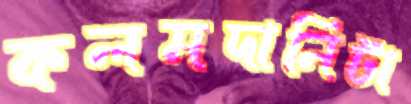
কলমদানিটা